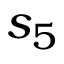
s _ { 5 }